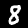
Label: 8